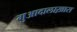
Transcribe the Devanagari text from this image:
गुआदालाख़ारा